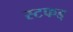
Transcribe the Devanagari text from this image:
स्टफड्